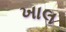
ખાલ